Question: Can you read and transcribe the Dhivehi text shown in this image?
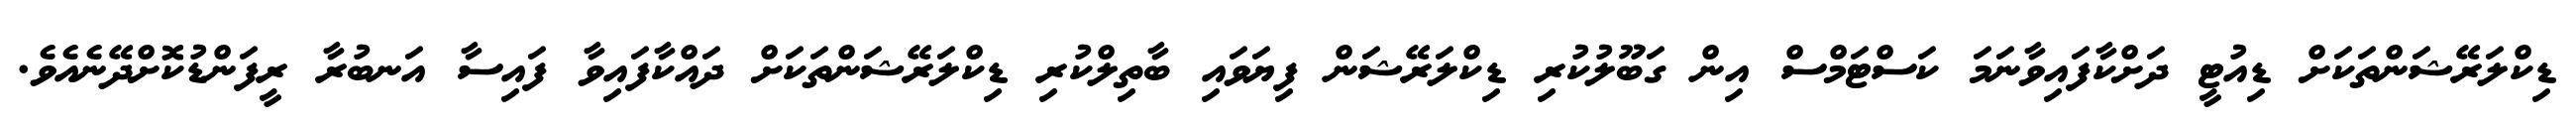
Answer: ޑިކްލަރޭޝަންތަކަށް ޑިއުޓީ ދަށްކާފައިވާނަމަ ކަސްޓަމްސް އިން ގަބޫލުކުރި ޑިކްލަރޭޝަން ފިޔަވައި ބާތިލްކުރި ޑިކްލަރޭޝަންތަކަށް ދައްކާފައިވާ ފައިސާ އަނބުރާ ރީފަންޑުކޮށްދޭނެއެވެ.